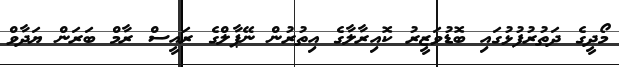
މޯދީގެ ދަތުރުފުޅުގައި ބޮޑުވަޒީރު ކޮއިރާލާގެ އިތުރުން ނޭޕާލްގެ ރައީސް ރާމް ބަރަން ޔަދާވް